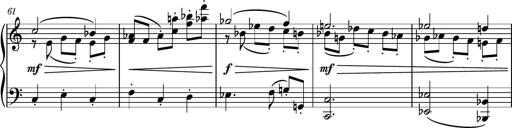
Title: Piano Sonatina No.4
Composer: Dimitri Sykias
Key: D major